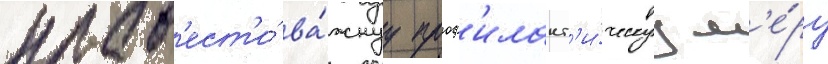
пров'ест'и́ ва́жнуу проф'илакт'и́ческуу м'е́ру